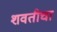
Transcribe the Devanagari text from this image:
शवतीचा